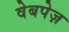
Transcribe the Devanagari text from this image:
वेबपेज़